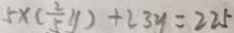
5 \times ( \frac { 2 } { 5 } y ) + 2 3 y = 2 2 5